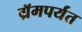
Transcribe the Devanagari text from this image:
ग्रॅमपर्यंत